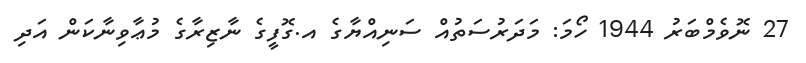
27 ނޮވެމްބަރު 1944 ހޯމަ: މަދަރުސަތުއް ސަނިއްޔާގެ އ.ގޮފީގެ ނާޒިރާގެ މުޢާވިނާކަން އަދި